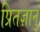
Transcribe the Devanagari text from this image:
प्रितज्ञानुं